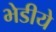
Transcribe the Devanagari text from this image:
भेडीये